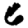
Digit: 6